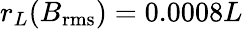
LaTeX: r_{L}(B_{\mathrm{rms}})=0.0008L